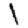
Digit: 1